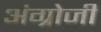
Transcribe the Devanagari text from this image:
अंग्रोजी